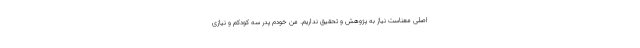
اصلی معناست نیاز به پژوهش و تحقیق نداریم. من خودم پدر سه کودکم و نیازی